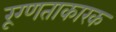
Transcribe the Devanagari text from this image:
रूग्णताकारक